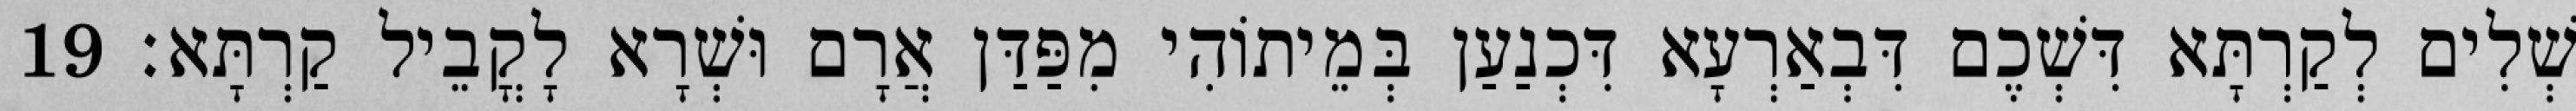
שְׁלִים לְקַרְתָּא דִּשְׁכֶם דִּבְאַרְעָא דִּכְנַעַן בְּמֵיתוֹהִי מִפַּדַּן אֲרָם וּשְׁרָא לָקֳבֵיל קַרְתָּא׃ 19